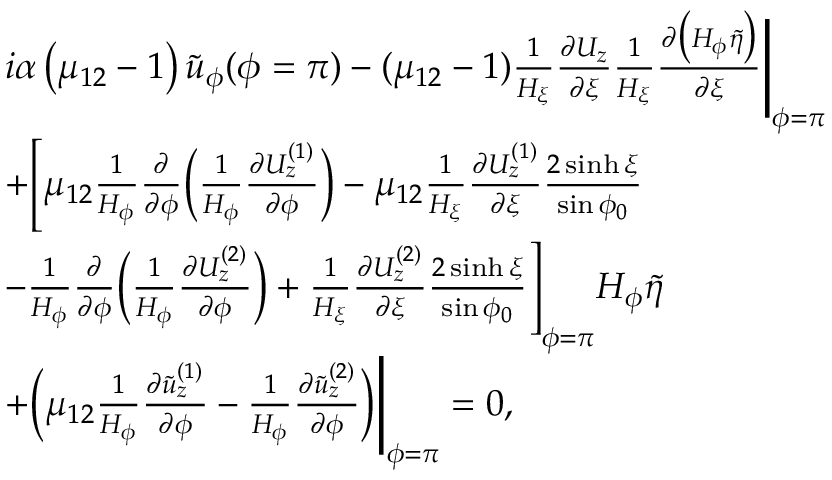
\begin{array} { r } { \begin{array} { r l } & { i \alpha \left( \mu _ { 1 2 } - 1 \right) \tilde { u } _ { \phi } ( \phi = \pi ) - ( \mu _ { 1 2 } - 1 ) \frac { 1 } { H _ { \xi } } \frac { \partial U _ { z } } { \partial \xi } \frac { 1 } { H _ { \xi } } \frac { \partial \big ( H _ { \phi } \tilde { \eta } \big ) } { \partial \xi } \Biggr | _ { \phi = \pi } } \\ & { + \Biggl [ \mu _ { 1 2 } \frac { 1 } { H _ { \phi } } \frac { \partial } { \partial \phi } \biggl ( \frac { 1 } { H _ { \phi } } \frac { \partial U _ { z } ^ { ( 1 ) } } { \partial \phi } \biggr ) - \mu _ { 1 2 } \frac { 1 } { H _ { \xi } } \frac { \partial U _ { z } ^ { ( 1 ) } } { \partial \xi } \frac { 2 \sinh \xi } { \sin \phi _ { 0 } } } \\ & { - \frac { 1 } { H _ { \phi } } \frac { \partial } { \partial \phi } \biggl ( \frac { 1 } { H _ { \phi } } \frac { \partial U _ { z } ^ { ( 2 ) } } { \partial \phi } \biggr ) + \frac { 1 } { H _ { \xi } } \frac { \partial U _ { z } ^ { ( 2 ) } } { \partial \xi } \frac { 2 \sinh \xi } { \sin \phi _ { 0 } } \Biggr ] _ { \phi = \pi } H _ { \phi } \tilde { \eta } } \\ & { + \biggl ( \mu _ { 1 2 } \frac { 1 } { H _ { \phi } } \frac { \partial \tilde { u } _ { z } ^ { ( 1 ) } } { \partial \phi } - \frac { 1 } { H _ { \phi } } \frac { \partial \tilde { u } _ { z } ^ { ( 2 ) } } { \partial \phi } \biggr ) \Biggr | _ { \phi = \pi } = 0 , } \end{array} } \end{array}